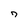
Character: 7